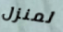
لمنزل